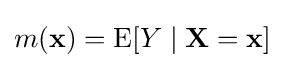
m(\mathbf {x} )=\operatorname {E} [Y\mid \mathbf {X} =\mathbf {x} ]